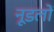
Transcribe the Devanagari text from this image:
नूडलों